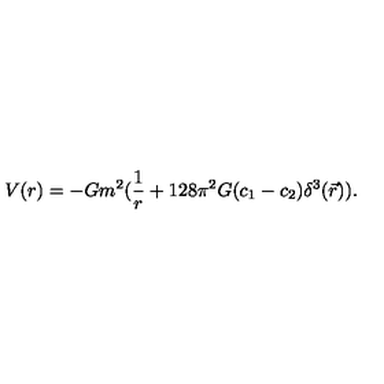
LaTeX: V ( r ) = - G m ^ { 2 } ( { \frac { 1 } { r } } + 1 2 8 \pi ^ { 2 } G ( c _ { 1 } - c _ { 2 } ) \delta ^ { 3 } ( \vec { r } ) ) .